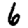
Digit: 6